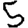
Digit: 5